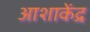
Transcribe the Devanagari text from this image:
आशाकेंद्र